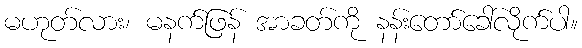
မဟုတ်လား၊ မနက်ဖြန် အာခတ်ကို နန်းတော်ခေါ်လိုက်ပါ။